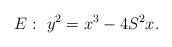
\begin{align*}E:\ y^2=x^3-4S^2x.\end{align*}